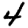
Digit: 4